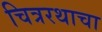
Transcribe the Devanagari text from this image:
चित्ररथाचा